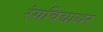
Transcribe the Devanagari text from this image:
रंगविद्याधर